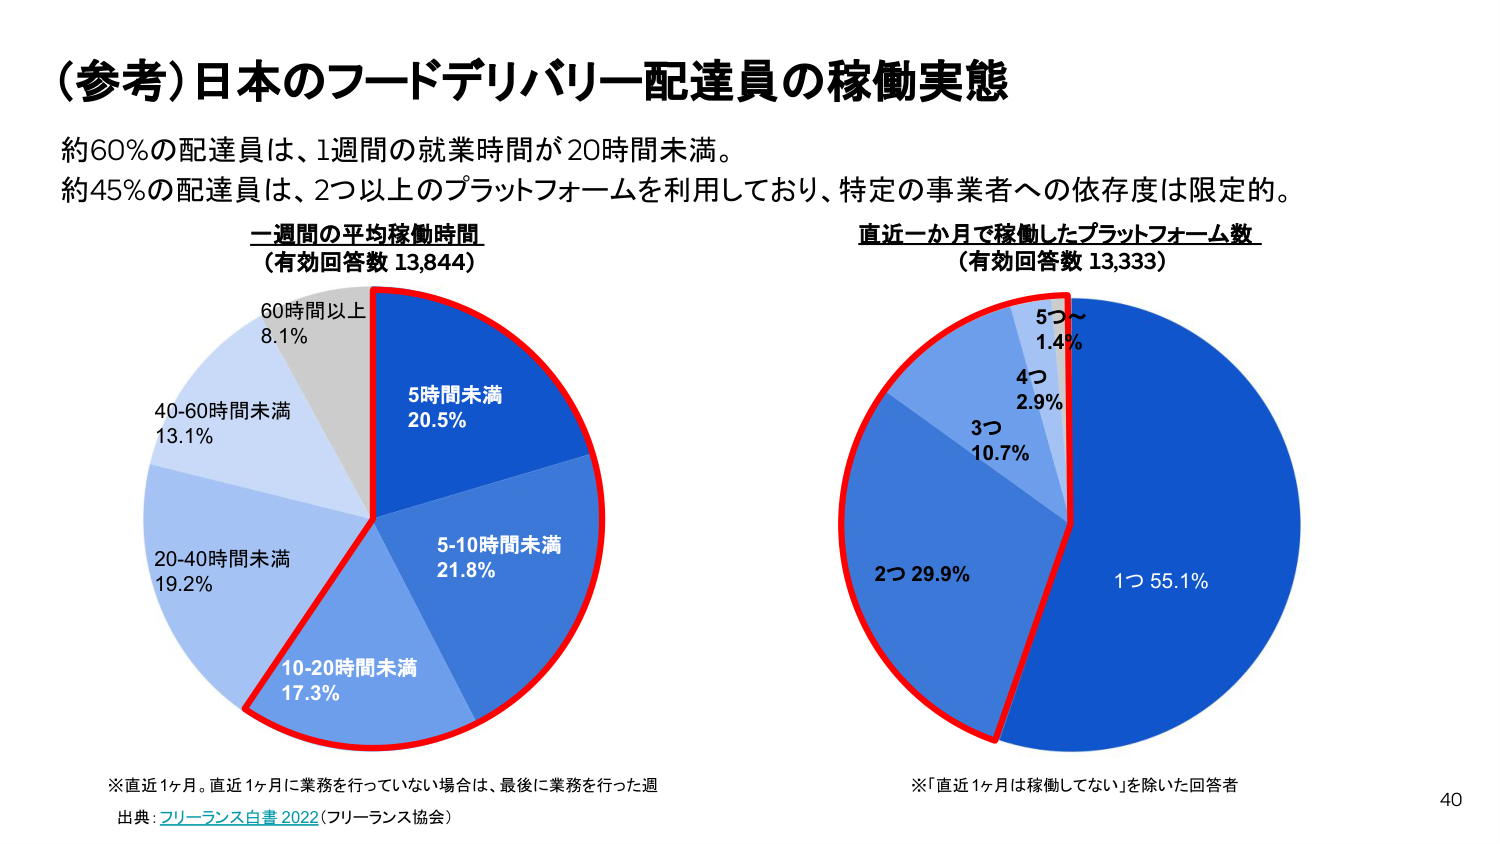
（参考）日本のフードデリバリー配達員の稼働実態

約60％の配達員は、1週間の就業時間が20時間未満。
約45％の配達員は、2つ以上のプラットフォームを利用しており、特定の事業者への依存度は限定的。

一週間の平均稼働時間
（有効回答数 13,844）

60時間以上 8.1％
40-60時間未満 13.1％
20-40時間未満 19.2％
10-20時間未満 17.3％
5-10時間未満 21.8％
5時間未満 20.5％

※直近1ヶ月。直近1ヶ月に業務を行っていない場合は、最後に業務を行った週

出典：フリーランス白書 2022（フリーランス協会）

直近一か月で稼働したプラットフォーム数
（有効回答数 13,333）

1つ 55.1％
2つ 29.9％
3つ 10.7％
4つ 2.9％
5つ～ 1.4％

※「直近1ヶ月は稼働してない」を除いた回答者

40